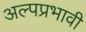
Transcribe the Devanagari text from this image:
अल्पप्रभावी